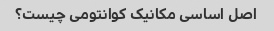
اصل اساسی مکانیک کوانتومی چیست؟